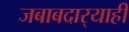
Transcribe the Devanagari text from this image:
जबाबदार्‍याही